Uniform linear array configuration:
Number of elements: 24
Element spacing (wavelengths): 0.75
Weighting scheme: exponential
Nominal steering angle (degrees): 30
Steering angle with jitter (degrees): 30.18
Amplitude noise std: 0.05
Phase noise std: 0.05

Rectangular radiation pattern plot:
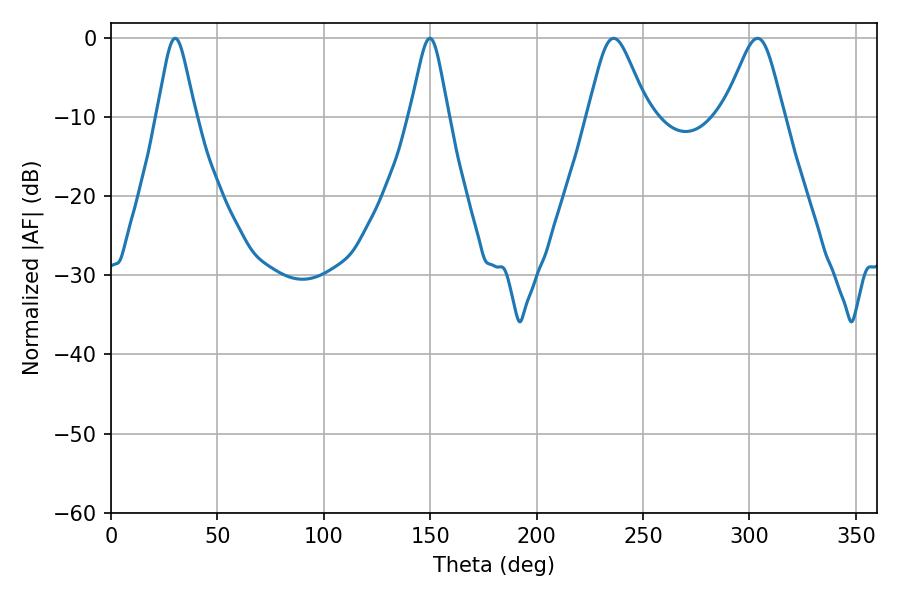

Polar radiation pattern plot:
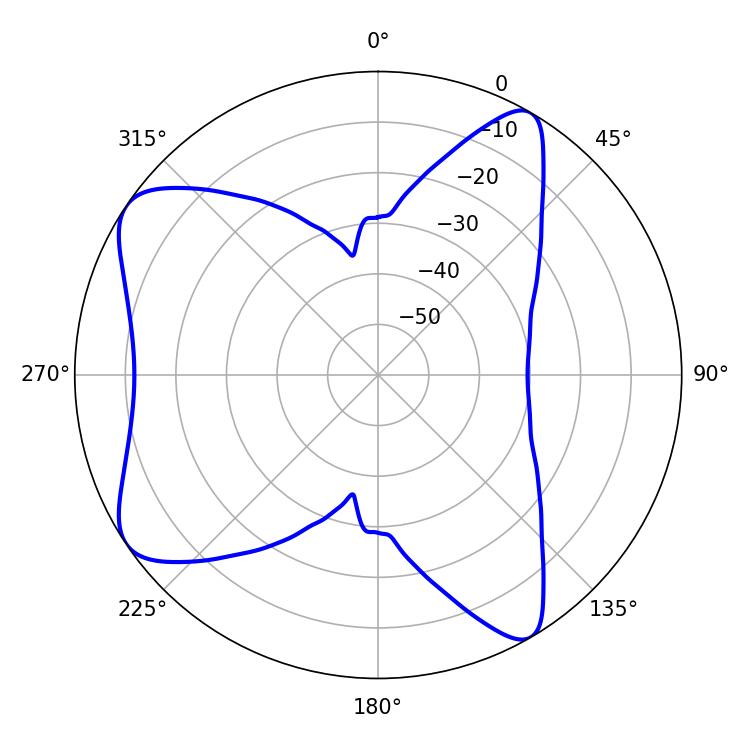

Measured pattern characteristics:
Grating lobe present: TRUE
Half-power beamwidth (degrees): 13.86
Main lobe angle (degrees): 236.16